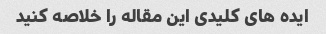
ایده های کلیدی این مقاله را خلاصه کنید